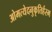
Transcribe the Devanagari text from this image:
ओमत्येदनुकृतिर्हस्म